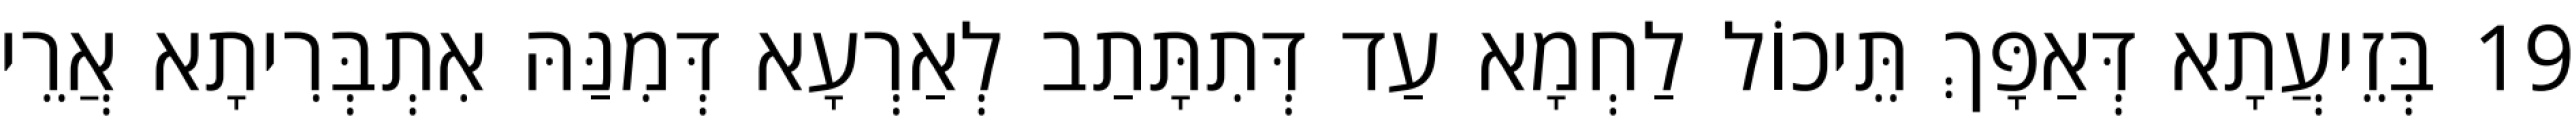
19 בְּזֵיעֲתָא דְּאַפָּךְ תֵּיכוֹל לַחְמָא עַד דְּתִתָּתַב לְאַרְעָא דְּמִנַּהּ אִתְבְּרִיתָא אֲרֵי